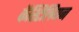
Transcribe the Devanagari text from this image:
कॅस्टिलियन